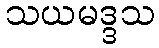
သယမဒ္ဒသ